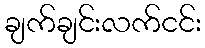
ချက်ချင်းလက်ငင်း